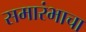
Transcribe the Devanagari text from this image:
समारंभाचा